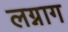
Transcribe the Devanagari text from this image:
लग्नाग